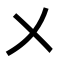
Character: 㐅